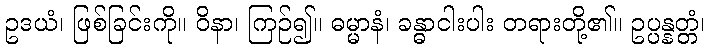
ဥဒယံ၊ ဖြစ်ခြင်းကို။ ဝိနာ၊ ကြဉ်၍။ ဓမ္မာနံ၊ ခန္ဓာငါးပါး တရားတို့၏။ ဥပ္ပန္နတ္တံ၊